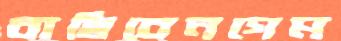
বাছিবেনগেম